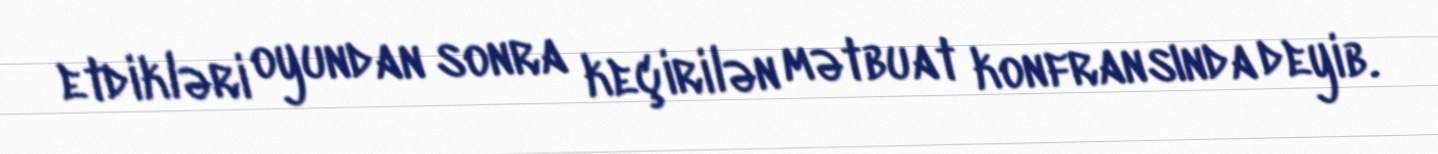
etdikləri oyundan sonra keçirilən mətbuat konfransında deyib.